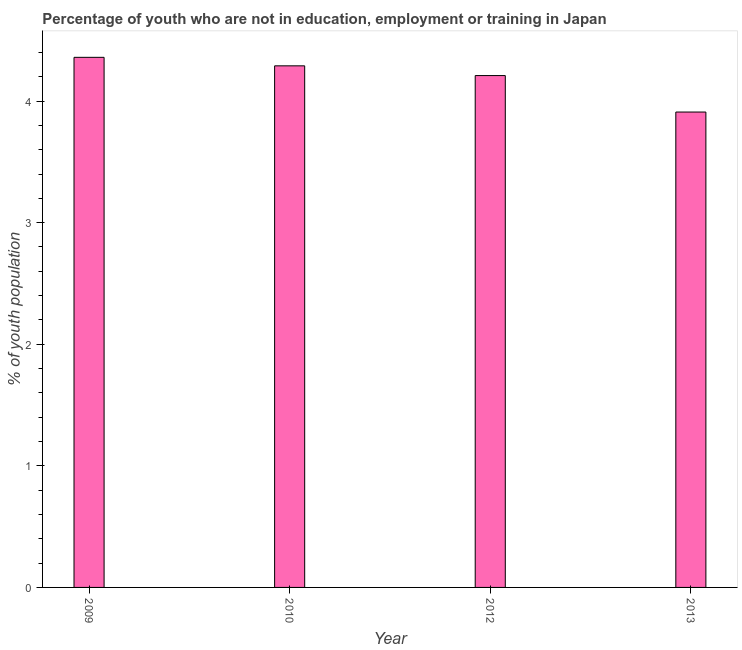
| Year | Unemployed youth |
 | --- | --- |
 | 2009 | 4.36 |
 | 2010 | 4.29 |
 | 2012 | 4.21 |
 | 2013 | 3.91 |